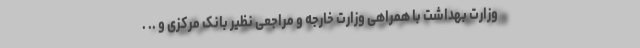
وزارت بهداشت با همراهی وزارت خارجه و مراجعی نظیر بانک مرکزی و .. .